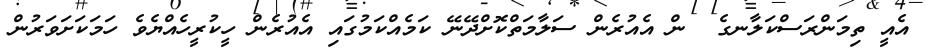
އެއީ ތިމަންރަސްކަލާނގެ  ން އެއުރެން ސަލާމަތްކޮށްދޭނޭ ކަމެއްކަމުގައި އެއުރެން ހީކުރީހެއްޔެވެ ހަމަކަށަވަރުން